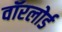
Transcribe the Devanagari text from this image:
वॉरलोर्ड